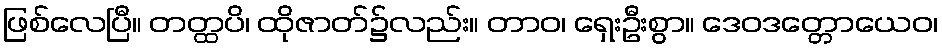
ဖြစ်လေပြီ။ တတ္ထပိ၊ ထိုဇာတ်၌လည်း။ တာဝ၊ ရှေးဦးစွာ။ ဒေဝဒတ္တောယေဝ၊